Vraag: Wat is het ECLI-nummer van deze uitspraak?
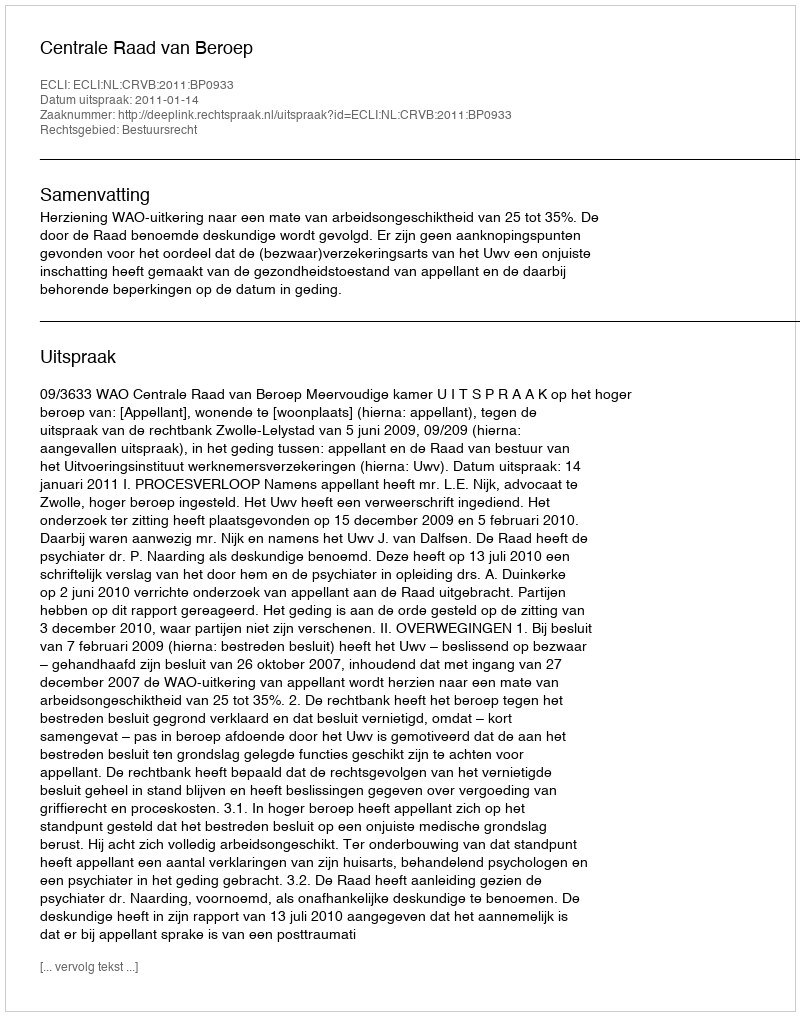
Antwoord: ECLI:NL:CRVB:2011:BP0933